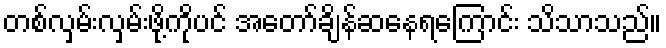
တစ်လှမ်းလှမ်းဖို့ကိုပင် အတော်ချိန်ဆနေရကြောင်း သိသာသည်။